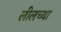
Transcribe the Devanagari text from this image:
लीलच्या